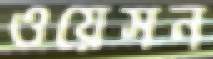
ওয়েসন